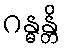
ဂန္ဓန္တိ